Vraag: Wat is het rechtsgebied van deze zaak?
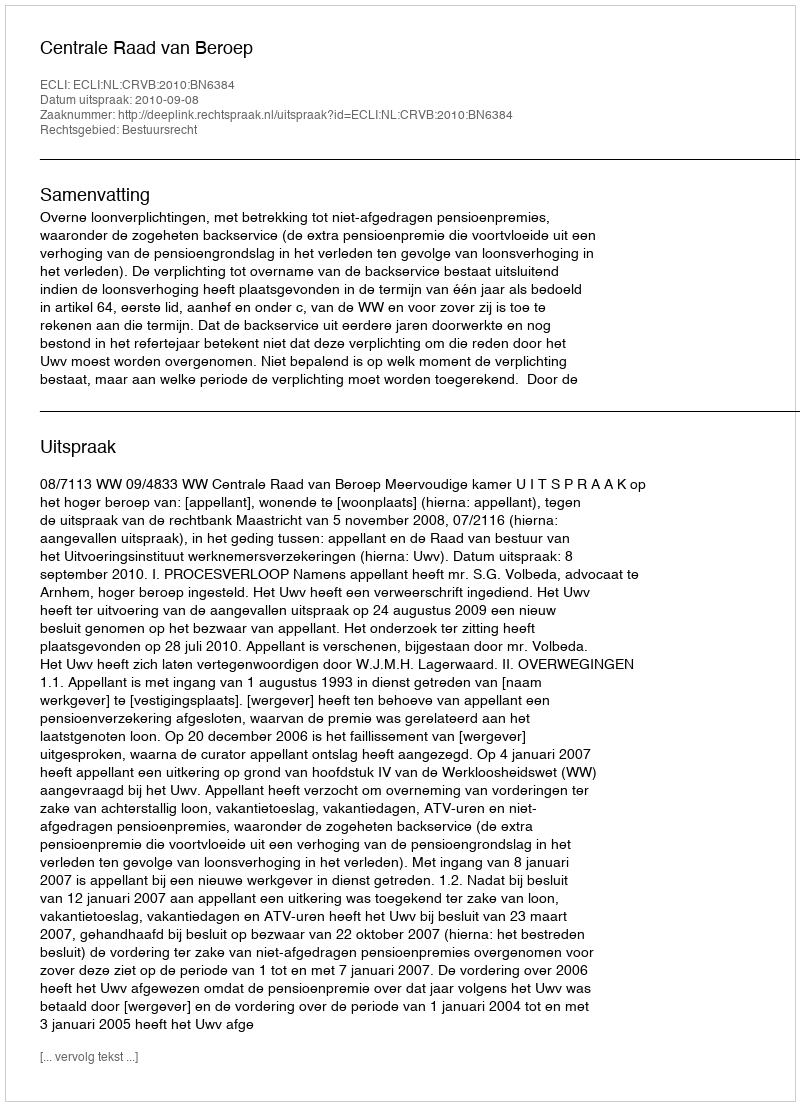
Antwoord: Bestuursrecht